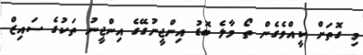
މި ގޮތަށް ކީއްވެގެން ތޯ މާލެ ބޮޑު އިންޖީނުގޭގެ އިންޖީނު ތަކުގެ ސައިޒް